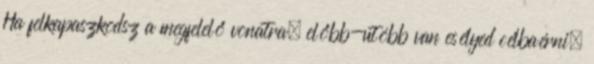
Ha felkapaszkodsz a megfelelő vonatra, előbb-utóbb van esélyed célbaérni.